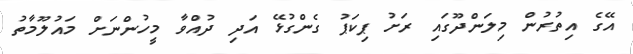
އޭގެ އިތުރުން މިލަންދޫގައި ރަށު ޕިކަޕު ގެންގުޅޭ އަދި ދުއްވާ މީހުންނަށް މައުލޫމާތު